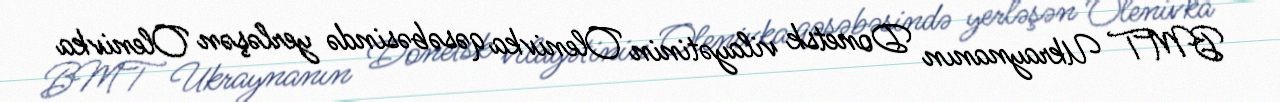
BMT Ukraynanın Donetsk vilayətinin Olenivka qəsəbəsində yerləşən Olenivka